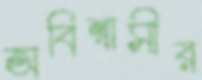
অবিশ্বাসীর